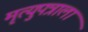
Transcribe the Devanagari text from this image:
मृत्युपत्राला